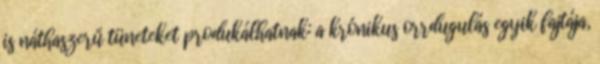
is náthaszerű tüneteket produkálhatnak: a krónikus orrdugulás egyik fajtája,